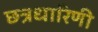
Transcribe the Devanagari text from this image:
छत्रधारिणी